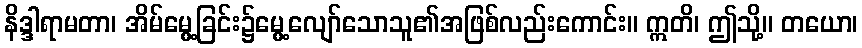
နိဒ္ဒါရာမတာ၊ အိမ်မွေ့ခြင်း၌မွေ့လျော်သောသူ၏အဖြစ်လည်းကောင်း။ ဣတိ၊ ဤသို့။ တယော၊